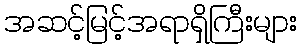
အဆင့်မြင့်အရာရှိကြီးများ